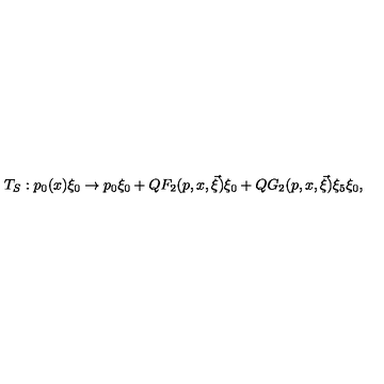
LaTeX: T _ { S } : p _ { 0 } ( x ) \xi _ { 0 } \rightarrow p _ { 0 } \xi _ { 0 } + Q F _ { 2 } ( p , x , \vec { \xi } ) \xi _ { 0 } + Q G _ { 2 } ( p , x , \vec { \xi } ) \xi _ { 5 } \xi _ { 0 } ,